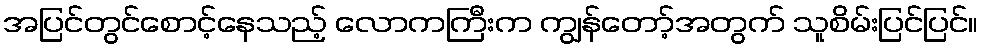
အပြင်တွင်စောင့်နေသည့် လောကကြီးက ကျွန်တော့်အတွက် သူစိမ်းပြင်ပြင်။